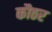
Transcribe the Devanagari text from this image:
कौठर